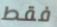
فقط